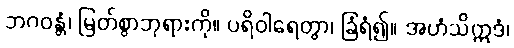
ဘဂဝန္တံ၊ မြတ်စွာဘုရားကို။ ပရိဝါရေတွာ၊ ခြံရံ၍။ အဟံသိဣဒံ၊